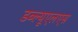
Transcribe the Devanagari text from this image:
डब्ल्यूएलएस